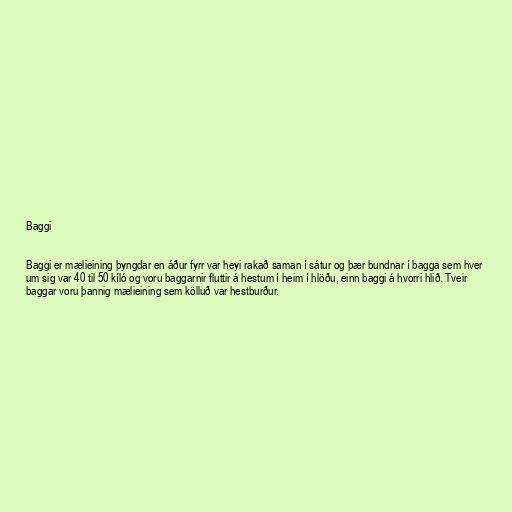
Baggi

Baggi er mælieining þyngdar en áður fyrr var heyi rakað saman í sátur og þær bundnar í bagga sem hver
um sig var 40 til 50 kíló og voru baggarnir fluttir á hestum í heim í hlöðu, einn baggi á hvorri hlið. Tveir
baggar voru þannig mælieining sem kölluð var hestburður.